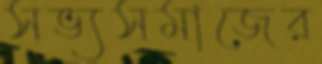
সভ্যসমাজের